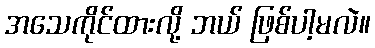
အသေကိုင်ထားလို့ ဘယ် ဖြစ်ပါ့မလဲ။